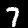
Digit: 7